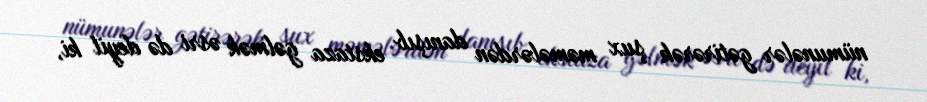
nümunələr gətirərək şux məmələrdən danışıb ekstaza gəlmək əsri də deyil ki,